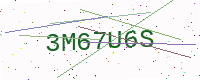
Text: 3M67U6S